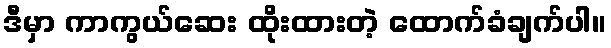
ဒီမှာ ကာကွယ်ဆေး ထိုးထားတဲ့ ထောက်ခံချက်ပါ။